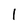
Character: 1